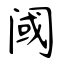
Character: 阈